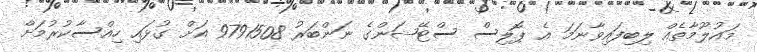
މައުލޫމާތެއް ލިބިފައިވާނަމަ އެ ޕޮލިސް ސްޓޭޝަންގެ ނަންބަރު 9791508 އަށް ގުޅައި ހިއްސާކުރުމަށް